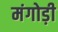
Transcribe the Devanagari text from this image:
मंगोड़ी